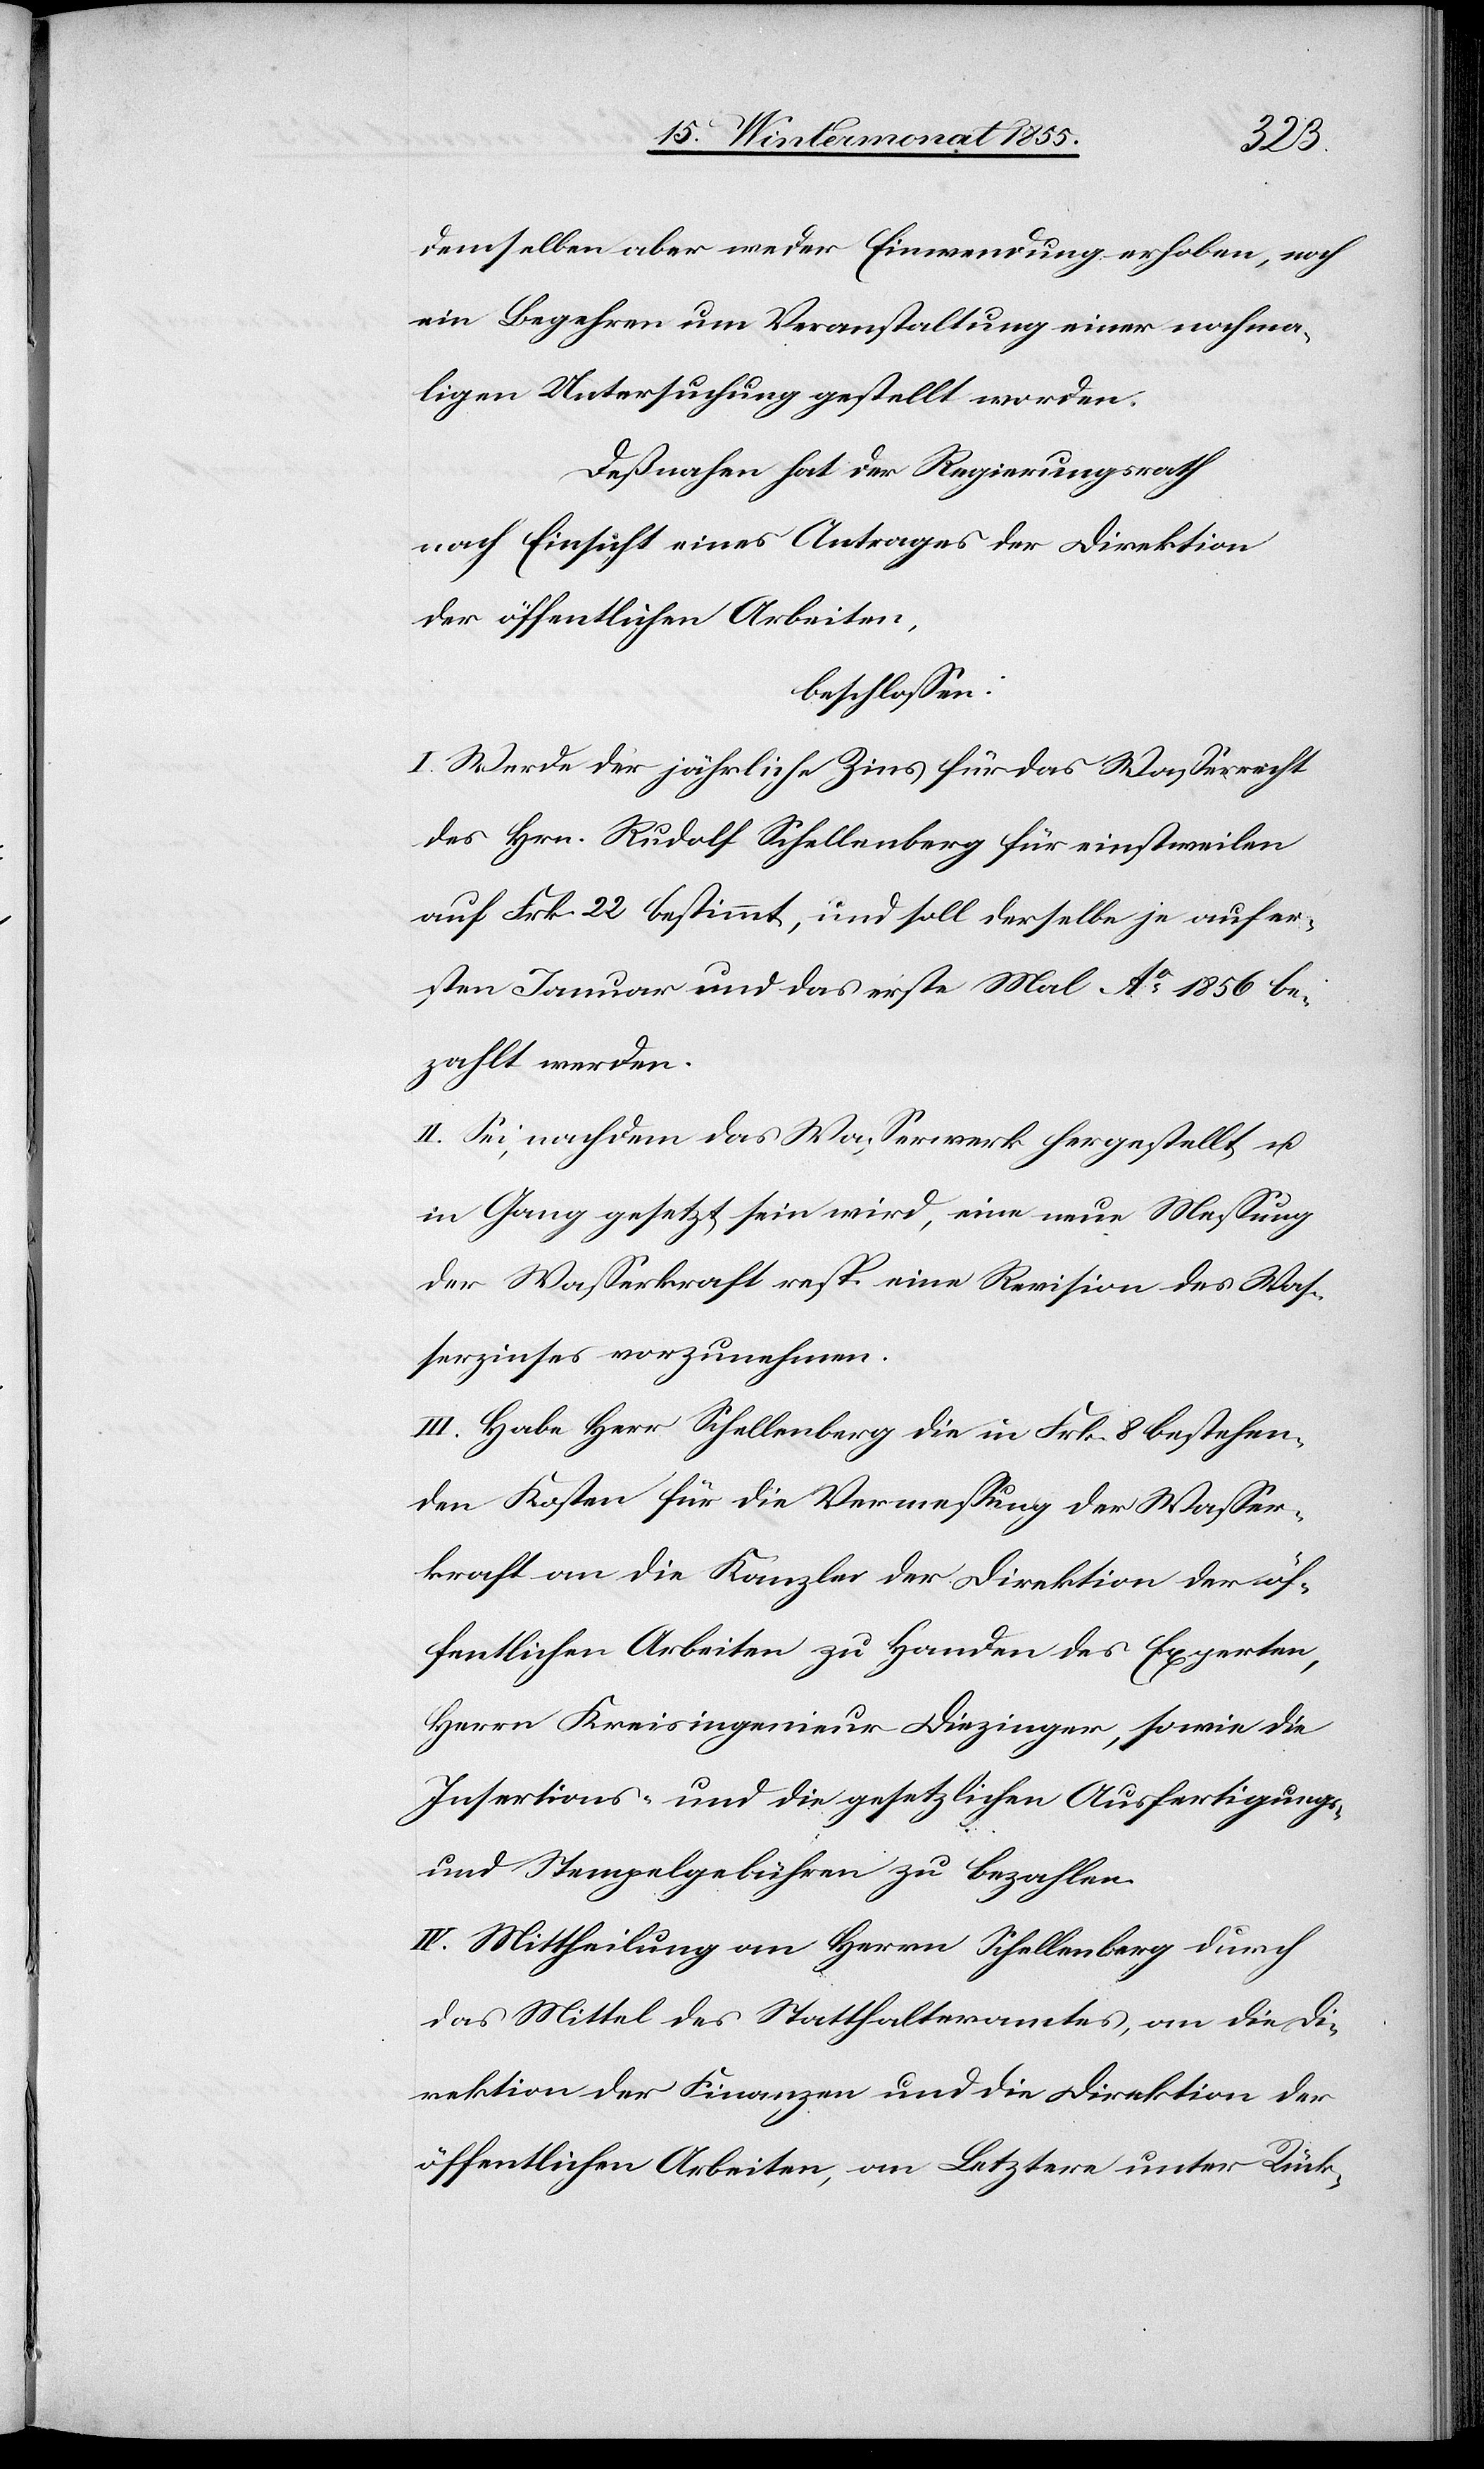
demselben aber weder Einwendung erhoben, noch
ein Begehren um Veranstaltung einer nochma¬
ligen Untersuchung gestellt worden.
Deßnahen hat der Regierungsrath
nach Einsicht eines Antrages der Direktion
der öffentlichen Arbeiten,
beschlossen:
I. Werde der jährliche Zins für das Wasserrecht
des Hrn. Rudolf Schellenberg für einstweilen
auf Frk. 22 bestimmt, und soll derselbe je auf er¬
sten Januar und das erste Mal Ao. 1856 be¬
zahlt werden.
II. Sei, nachdem das Wasserwerk hergestellt u.
in Gang gesetzt sein wird, eine neue Messung
der Wasserkraft resp. eine Revision des Was¬
serzinses vorzunehmen.
III. Habe Herr Schellenberg die in Frk. 8 bestehen¬
den Kosten für die Vermessung der Wasser¬
kraft an die Kanzlei der Direktion der öf¬
fentlichen Arbeiten zu Handen des Experten,
Herrn Kreisingenieur Diezinger, sowie die
Insertions- und die gesetzlichen Ausfertigungs-
und Stempelgebühren zu bezahlen.
IV. Mittheilung an Herrn Schellenberg durch
das Mittel des Statthalteramtes, an die Di¬
rektion der Finanzen und die Direktion der
öffentlichen Arbeiten, an Letztere unter Rück-